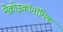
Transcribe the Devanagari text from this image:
मैक्रोइकॉनॉमिक